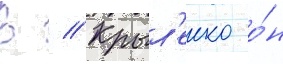
В // Крыл'енко о́н